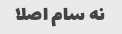
نه سام اصلا